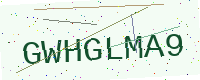
Text: GWHGLMA9